Lunatic asylums Central Provinces reports 1874-1885 - 1874-1885
Year: 1874
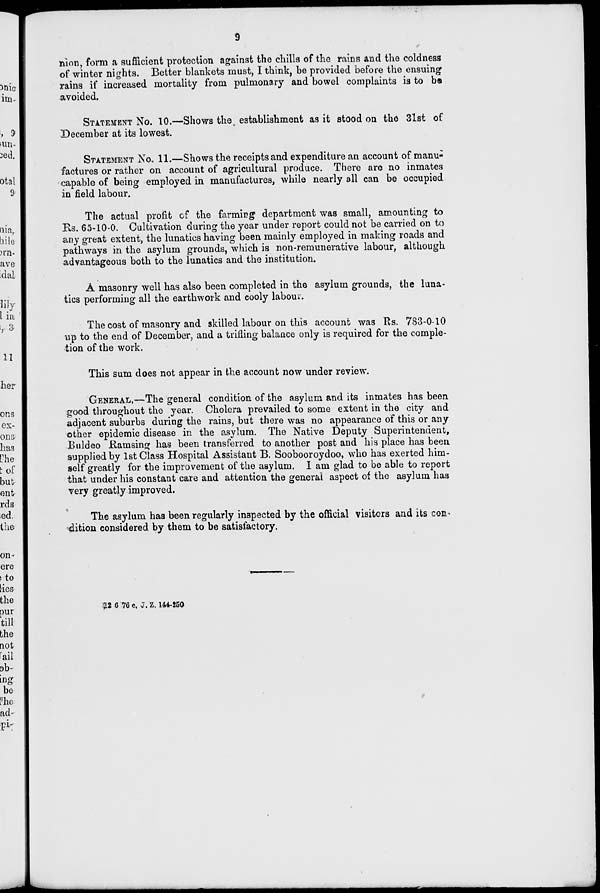
9
nion, form a sufficient protection against the chills of the rains and the coldness
of winter nights. Better blankets must, I think, be provided before the ensuing
rains if increased mortality from pulmonary and bowel complaints is to be
avoided.
STATEMENT No. 10.—Shows the establishment as it stood on the 31st of
December at its lowest.
STATEMENT No. 11.—Shows the receipts and expenditure an account of manu-
factures or rather on account of agricultural produce. There are no inmates
capable of being employed in manufactures, while nearly all can be occupied
in field labour.
The actual profit of the farming department was small, amounting to
Rs. 65-10-0. Cultivation during the year under report could not be carried on to
any great extent, the lunatics having been mainly employed in making roads and
pathways in the asylum grounds, which is non-remunerative labour, although
advantageous both to the lunatics and the institution.
A masonry well has also been completed in the asylum grounds, the luna-
tics performing all the earthwork and cooly labour.
The cost of masonry and skilled labour on this account was Rs. 783-0-10
up to the end of December, and a trifling balance only is required for the comple-
tion of the work.
This sum does not appear in the account now under review.
GENERAL.—The general condition of the asylum and its inmates has been
good throughout the year. Cholera prevailed to some extent in the city and
adjacent suburbs during the rains, but there was no appearance of this or any
other epidemic disease in the asylum. The Native Deputy Superintendent,
Buldeo Ramsing has been transferred to another post and his place has been
supplied by 1st Class Hospital Assistant B. Soobooroydoo, who has exerted him-
self greatly for the improvement of the asylum. I am glad to be able to report
that under his constant care and attention the general aspect of the asylum has
very greatly improved.
The asylum has been regularly inspected by the official visitors and its con-
dition considered by them to be satisfactory.
¶2 6 76 e. J. Z. 144-250